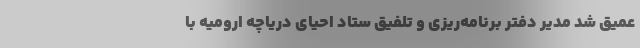
عمیق شد مدیر دفتر برنامه‌ریزی و تلفیق ستاد احیای دریاچه ارومیه با